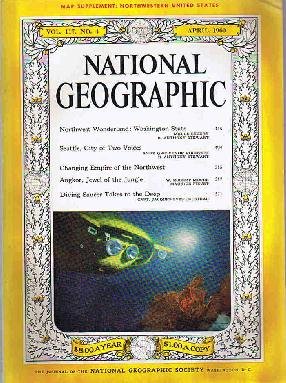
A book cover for National Geographic: April 1960 (Map Supplement: Atlas Northwestern United States) (Vol. 117); The National Geographic Society; Crafts, Hobbies & Home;